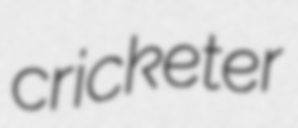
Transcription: cricketer